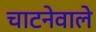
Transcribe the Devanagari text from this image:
चाटनेवाले